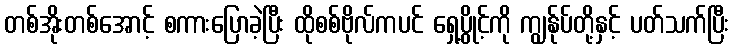
တစ်အိုးတစ်အောင့် စကားပြောခဲ့ပြီး ထိုစစ်ဗိုလ်ကပင် ရှေ့ပွိုင့်ကို ကျွန်ုပ်တို့နှင့် ပတ်သက်ပြီး